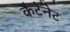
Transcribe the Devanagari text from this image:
कैटेनेट